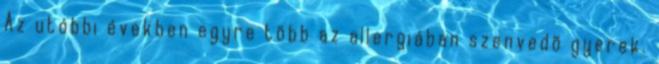
Az utóbbi években egyre több az allergiában szenvedõ gyerek.